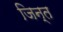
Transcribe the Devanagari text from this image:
जिन्त